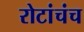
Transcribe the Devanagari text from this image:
रोटांचंच